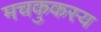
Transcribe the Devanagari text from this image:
मचकुकस्य